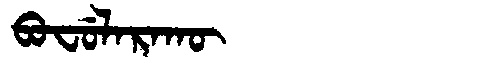
Manchu: ᠪᠣᠸᡠᠯᠠᡵᠠᡴᡡ
Romanization: BOFULARAKŪ